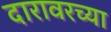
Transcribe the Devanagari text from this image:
दारावरच्या